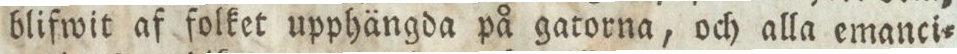
blifwit af folket upphängda på gatorna, och alla emanci=